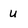
Character: U